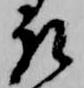
取